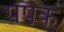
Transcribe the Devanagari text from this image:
पेषक